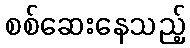
စစ်ဆေးနေသည့်